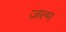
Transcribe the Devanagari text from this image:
ज़ल्म